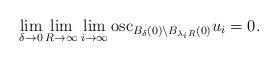
LaTeX: \begin{align*}\lim_{\delta\to 0} \lim_{R\to \infty} \lim_{i\to \infty} \mbox{osc}_{B_\delta(0)\setminus B_{\lambda_i R}(0)} u_i =0.\end{align*}